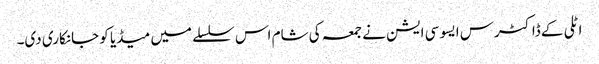
اٹلی کے ڈاکٹرس ایسو سی ایشن نے جمعہ کی شام اس سلسلے میں میڈیا کو جانکاری دی۔